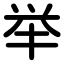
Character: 举